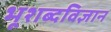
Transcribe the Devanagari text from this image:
भूशब्दविज्ञान